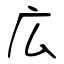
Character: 広